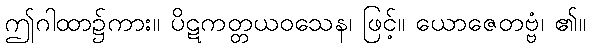
ဤဂါထာ၌ကား။ ပိဋကတ္တယဝသေန၊ ဖြင့်။ ယောဇေတဗ္ဗံ၊ ၏။